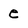
Character: e